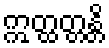
ဣတ္ထတ္တန္တိ